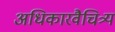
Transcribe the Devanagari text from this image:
अधिकारवैचित्र्य